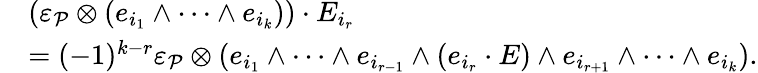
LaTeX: \begin{array}{rl}&{(\varepsilon_{\mathcal{P}}\otimes(e_{i_{1}}\wedge\cdots\wedge e_{i_{k}}))\cdot E_{i_{r}}}\\ &{=(-1)^{k-r}\varepsilon_{\mathcal{P}}\otimes(e_{i_{1}}\wedge\cdots\wedge e_{i_{r-1}}\wedge(e_{i_{r}}\cdot E)\wedge e_{i_{r+1}}\wedge\cdots\wedge e_{i_{k}}).}\end{array}